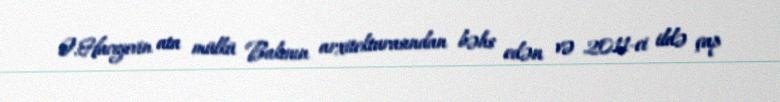
Ə.Hacıyevin ata mülkü Bakının arxitekturasından bəhs edən və 2011-ci ildə çap